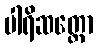
ပါရိဆတ္တော